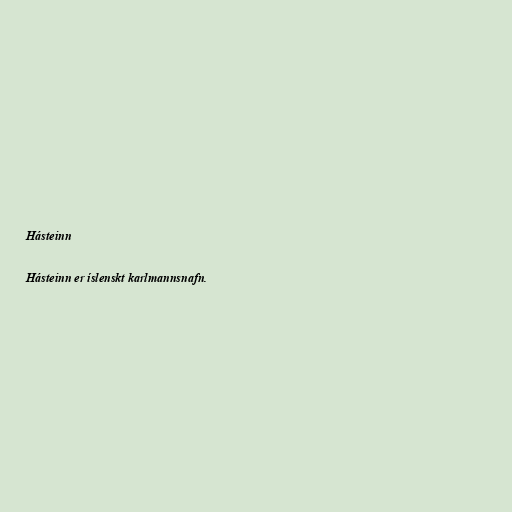
Hásteinn

Hásteinn er íslenskt karlmannsnafn.